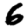
Digit: 6